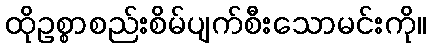
ထိုဥစ္စာစည်းစိမ်ပျက်စီးသောမင်းကို။